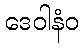
ဒေဝါနံဝ